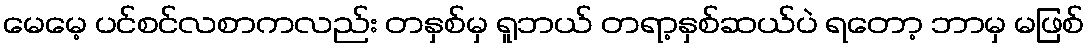
မေမေ့ ပင်စင်လစာကလည်း တနှစ်မှ ရူဘယ် တရာ့နှစ်ဆယ်ပဲ ရတော့ ဘာမှ မဖြစ်